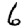
Digit: 6